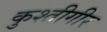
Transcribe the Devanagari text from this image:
कुश्तीगीर